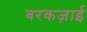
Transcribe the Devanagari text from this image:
बरकज़ाई